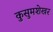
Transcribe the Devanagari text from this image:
कुसुमशेखर